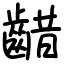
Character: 齰